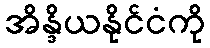
အိန္ဒိယနိုင်ငံကို